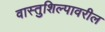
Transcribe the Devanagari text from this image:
वास्तुशिल्पावरील